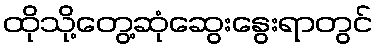
ထိုသို့တွေ့ဆုံဆွေးနွေးရာတွင်